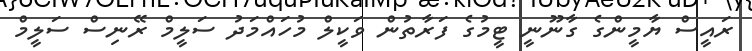
ރައީސް ޔާމީންގެ ގާނޫނީ ޓީމުގެ ފަރާތުން ވަކީލް މުހައްމަދު ސަލީމް ރޭނިސް ސަލީމް